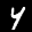
Label: 4